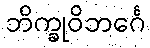
ဘိက္ခုဝိဘင်္ဂေ